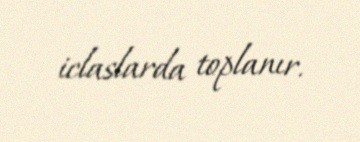
iclaslarda toplanır.